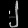
Digit: ၂